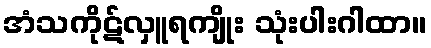
အံသကိုဋ်လှူရကျိုး သုံးပါးဂါထာ။